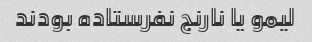
لیمو یا نارنج نفرستاده بودند